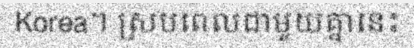
Korea។ ស្របពេលជាមួយគ្នានេះ